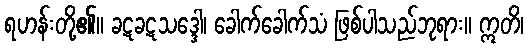
ရဟန်းတို့၏။ ခဋခဋသဒ္ဒေါ၊ ခေါက်ခေါက်သံ ဖြစ်ပါသည်ဘုရား။ ဣတိ၊